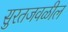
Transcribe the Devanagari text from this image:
सुरतजवळील